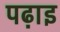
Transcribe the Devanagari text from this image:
पढ़ाइ